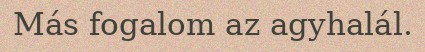
Más fogalom az agyhalál.